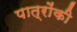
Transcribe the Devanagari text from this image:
पात्रोंकी